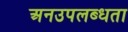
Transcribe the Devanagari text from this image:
अनउपलब्धता